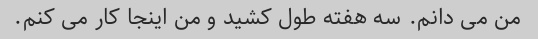
من می دانم. سه هفته طول کشید و من اینجا کار می کنم.